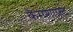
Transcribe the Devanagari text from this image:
कैमशाफ़्ट